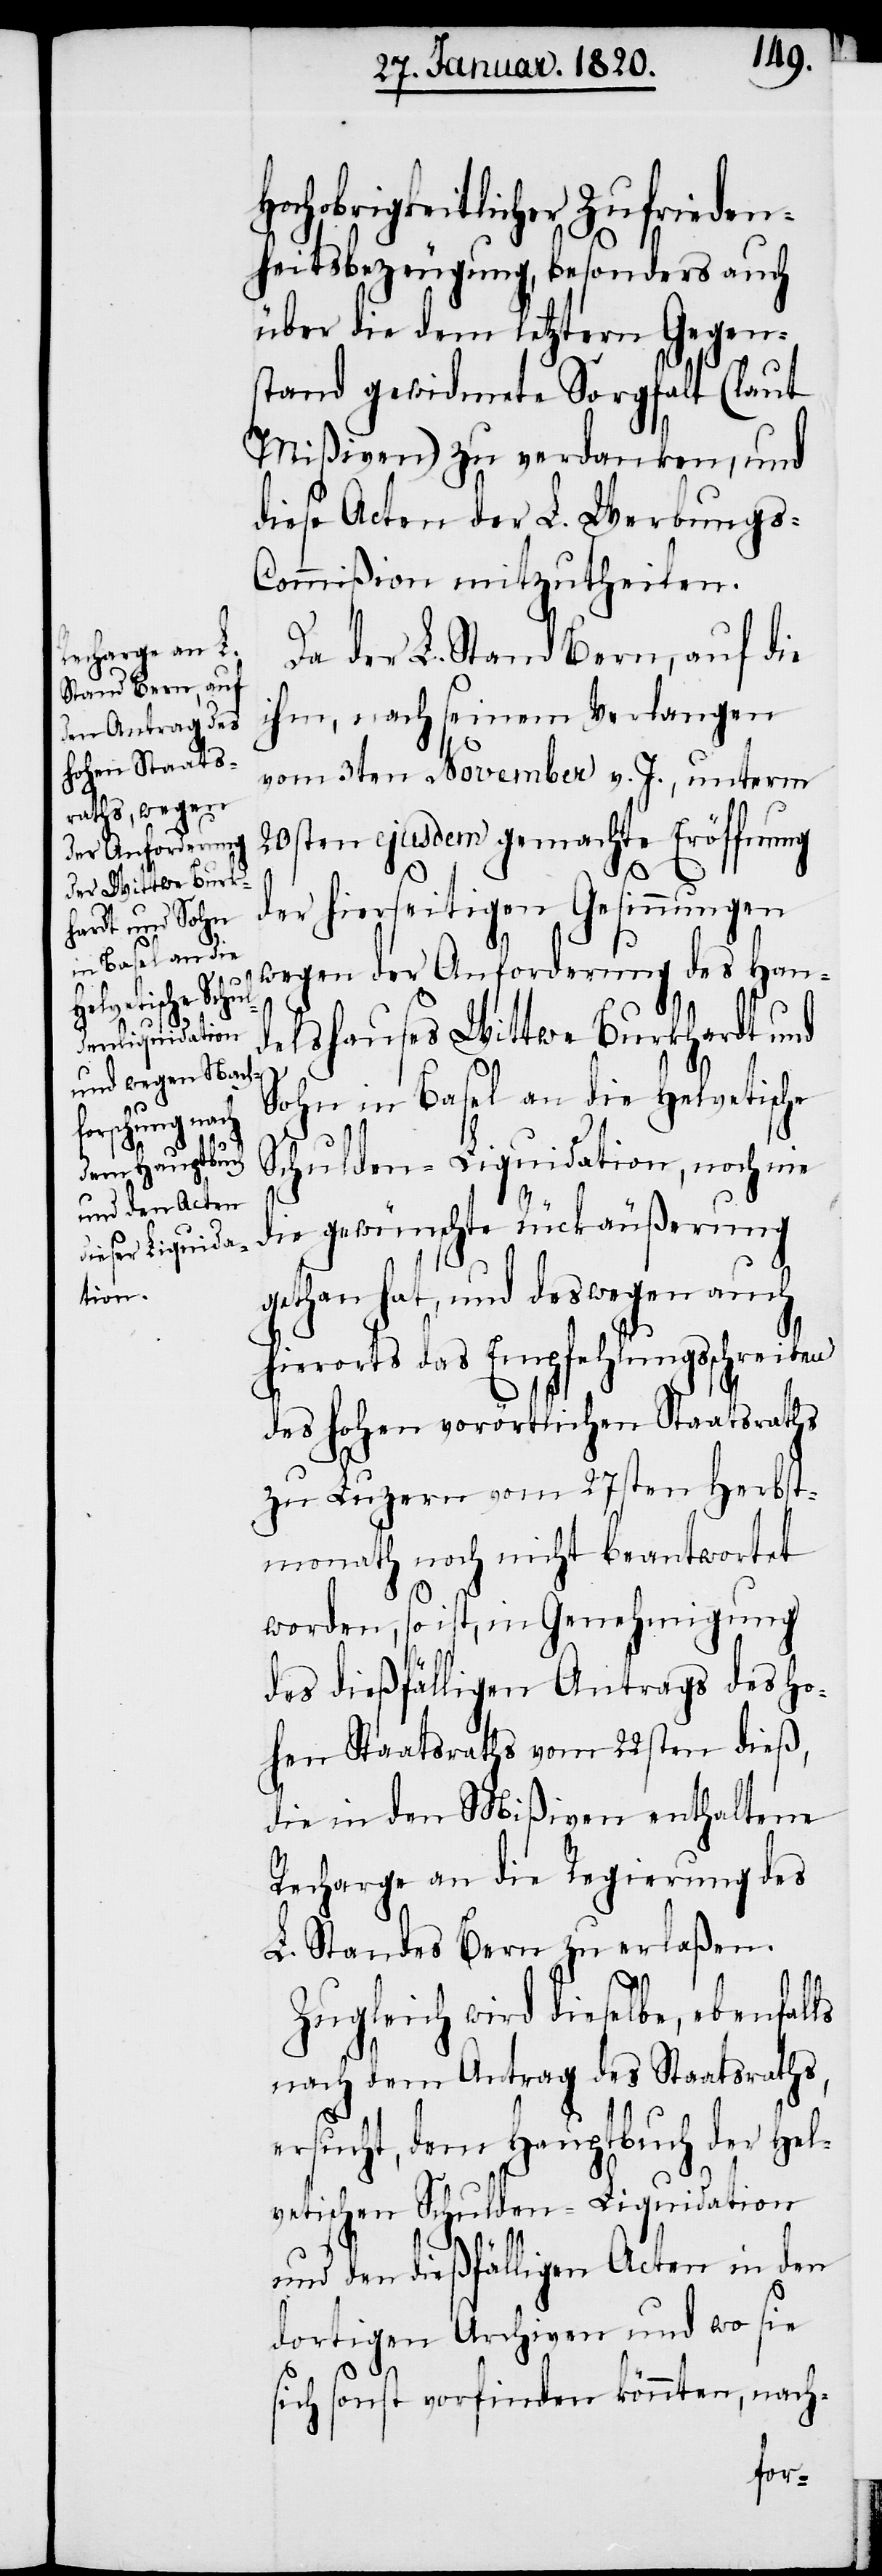
Hochobrigkeitlicher Zufrieden¬
heitsbezeugung, besonders auch
über die dem letztern Gegen¬
stand gewidmete Sorgfalt (laut
Mißiven) zu verdanken, und
diese Acten der L. Werbung¬
s-Commißion mitzutheilen.
Da der L. Stand Bern, auf die
ihm, nach seinem Verlangen
vom 3ten November v. J., unterm
20sten ejusdem gemachte Eröffnung
der hierseitigen Gesinnungen
wegen der Anforderung des Han¬
delshauses Wittwe Burkhardt und
Sohn in Basel an die Helvetische
Schulden-Liquidation, noch nie
die gewünschte Rückäußerung
gethan hat, und deswegen auch
hierorts das Empfehlungsschreiben
des hohen vorörtlichen Staatsraths
zu Luzern vom 27sten Herbst¬
monath noch nicht beantwortet
worden, so ist, in Genehmigung
des dießfälligen Antrags des Ho¬
hen Staatsraths vom 22sten dieß,
die in den Mißiven enthaltene
Recharge an die Regierung des
L. Standes Bern zu erlaßen.
Zugleich wird dieselbe, ebenfalls
nach dem Antrag des Staatsraths,
ersucht, dem Hauptbuch der Hel¬
vetischen Schulden-Liquidation
und den dießfälligen Acten in den
dortigen Archiven und wo sie
sich sonst vorfinden könnten, nach-